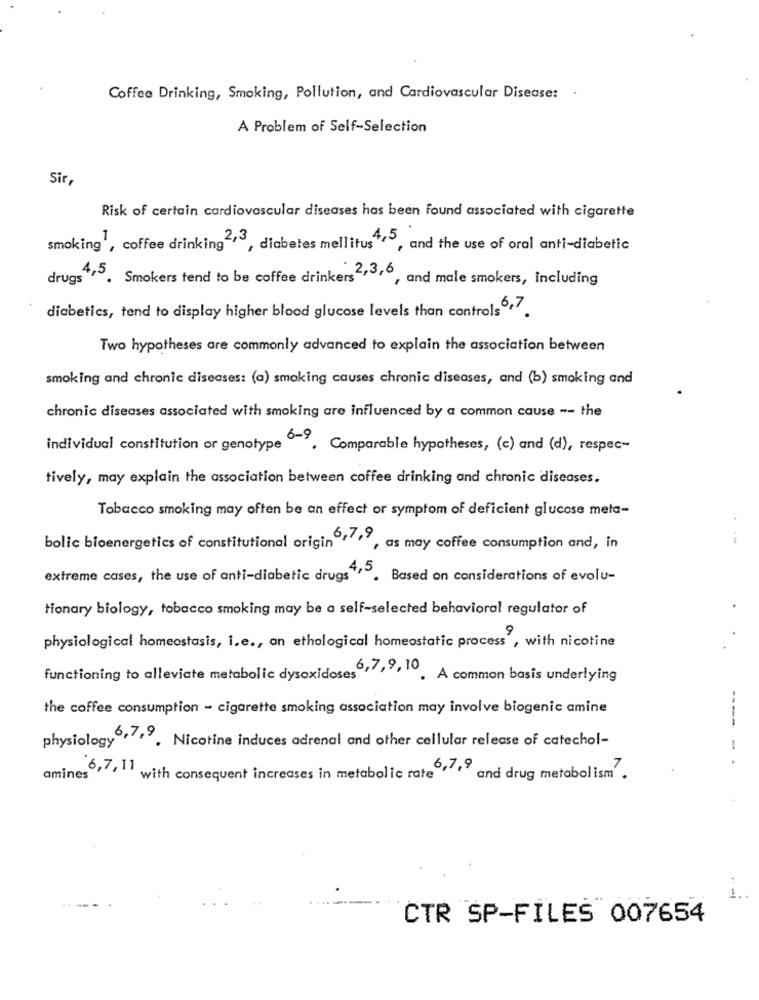
Coffee Drinking, Smoking, Pollution, and Cardiovascular Disease:
A Problem of Self-Selection
Sir
Risk of certain cardiovascular diseases has been found associated with cigarette
smoking', coffee drinking<>5, diabetes mellitus , and the use of oral anti-diabetic
gs4,5. Smokers tend to be coffee drinkers2,3.º, and male smokers, including
diabetics, tend to display higher blood glucose levels than controls6,7.
Two hypotheses are commonly advanced to explain the association between
smoking and chronic diseases: (a) smoking causes chronic diseases, and (b) smoking and
chronic diseases associated with smoking are influenced by a common cause -- the
individual constitution or genotype
6-9. Comparable hypotheses, (c) and (d), respec-
tively, may explain the association between coffee drinking and chronic diseases.
Tobacco smoking may often be an effect or symptom of deficient glucose meta-
bolic bioenergetics of constitutional origin6,7,9
, as may coffee consumption and, in
extreme cases, the use of anti-diabetic drugs 4.5. Based on considerations of evolu-
tionary biology, tobacco smoking may be a self-selected behavioral regulator of
physiological homeostasis, i.e ., an ethological homeostatic process , with nicotine
functioning to alleviate metabolic dysoxidoses''' . A common basis underlying
the coffee consumption - cigarette smoking association may involve biogenic amine
-----
physiology ... Nicotine induces adrenal and other cellular release of catechol-
amines, with consequent increases in metabolic rate .. and drug metabolism .
--
CTR SP-FILES 007654